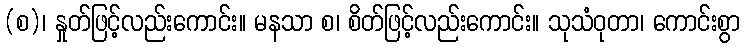
(စ)၊ နှုတ်ဖြင့်လည်းကောင်း။ မနသာ စ၊ စိတ်ဖြင့်လည်းကောင်း။ သုသံဝုတာ၊ ကောင်းစွာ